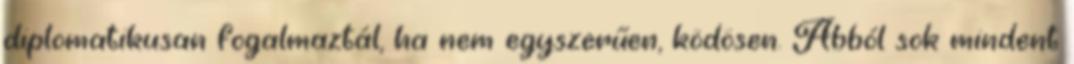
diplomatikusan fogalmaztál, ha nem egyszerűen, ködösen. Abból sok mindent